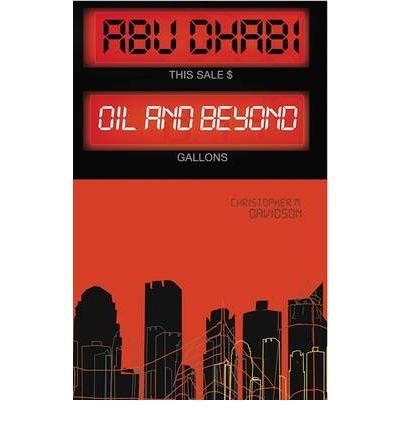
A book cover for Abu Dhabi: Oil and Beyond (Hardback) - Common; By (author) M. Christopher Davidson; History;